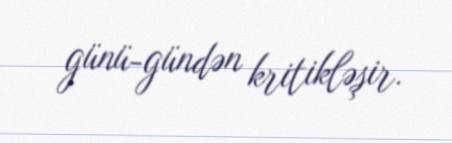
günü-gündən kritikləşir.